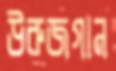
উরুজগান